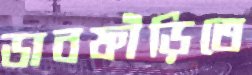
ডাবফাঁড়িতে